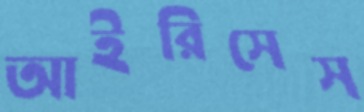
আইরিসেস